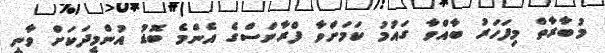
މުބާރާތް މިފަހަރު ބާއްވާ ގައުމު ކަމަށްވާ ފްރާންސްގެ އެންމެ ބޮޑު އުންމީދަކަށް ވާނީ